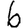
Digit: 6